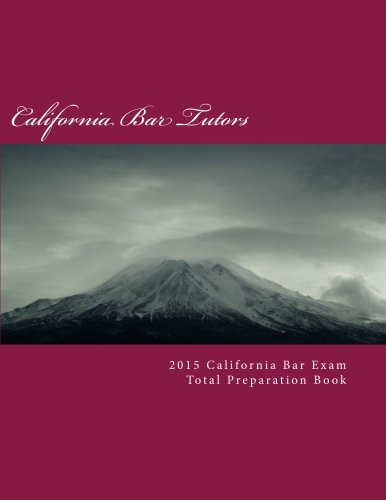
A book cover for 2015 California Bar Exam Total Preparation Book; California Bar Tutors; Test Preparation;